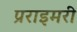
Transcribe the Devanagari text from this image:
प्रराइमरी